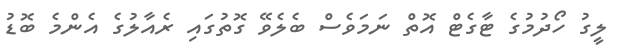
ލީގު ހޯދުމުގެ ޓާގެޓް އޮތް ނަމަވެސް ބެލެވޭ ގޮތުގައި ރެއާލުގެ އެންމެ ބޮޑު